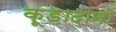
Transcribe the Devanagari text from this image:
कूड़ादानों